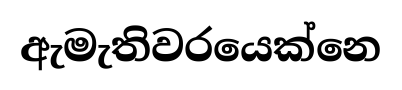
ඇමැතිවරයෙක්නෙ